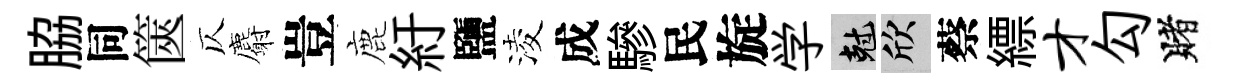
脇同篋仄麝豈鹿紆鹽淩成驂民旋学剋欣蔡縹才勾賭